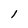
Character: l